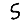
Digit: 5